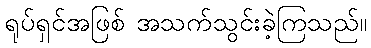
ရုပ်ရှင်အဖြစ် အသက်သွင်းခဲ့ကြသည်။